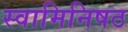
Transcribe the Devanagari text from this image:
स्वामिनिषठ